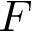
F